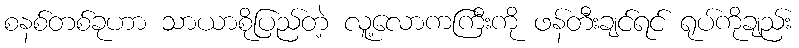
စနစ်တစ်ခုဟာ သာယာစိုပြည်တဲ့ လူ့လောကကြီးကို ဖန်တီးချင်ရင် ရုပ်ကိုချည်း